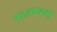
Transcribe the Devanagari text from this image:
कदलमललई